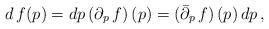
LaTeX: \begin{align*}d \, f(p) = dp \, (\partial_{p} \, f) \, (p) = (\bar{\partial}_{p} \, f) \, (p) \, dp \, , \end{align*}